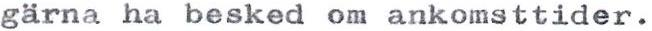
gärna ha besked om ankomsttider.